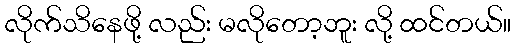
လိုက်သိနေဖို့ လည်း မလိုတော့ဘူး လို့ ထင်တယ်။